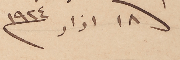
١٨ اذار ١٩٢٤